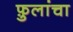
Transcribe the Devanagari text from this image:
फ़ुलांचा